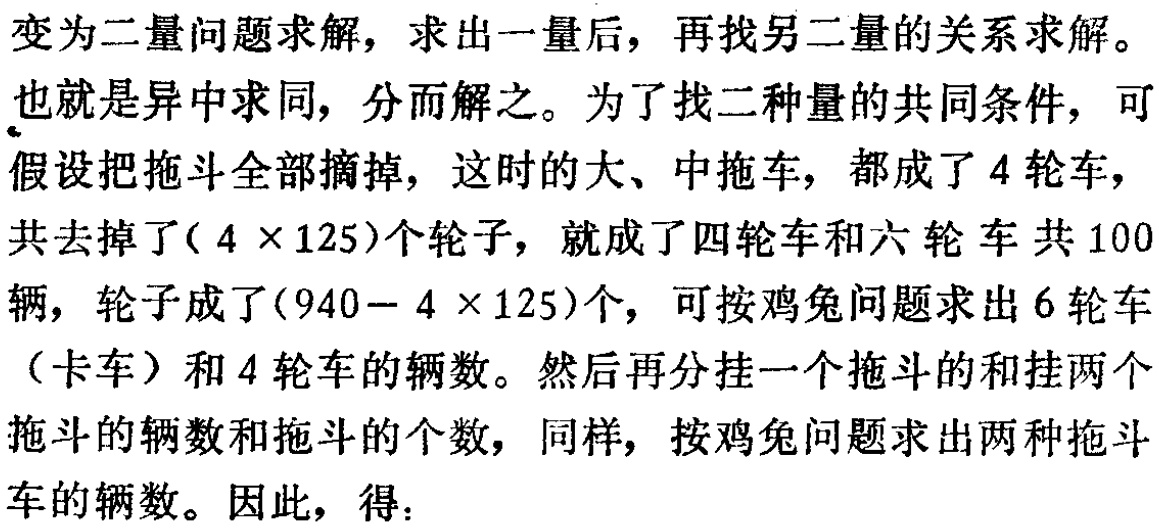
变为二量问题求解，求出一量后，再找另二量的关系求解。

也就是异中求同，分而解之。为了找二种量的共同条件，可

假设把拖斗全部摘掉，这时的大、中拖车，都成了 \(4\) 轮车，

共去掉了\((4\times125)\)个轮子，就成了四轮车和六轮车共 \(100\)

辆，轮子成了\((940 - 4\times125)\)个，可按鸡兔问题求出 \(6\) 轮车

（卡车）和 \(4\) 轮车的辆数。然后再分挂一个拖斗的和挂两个

拖斗的辆数和拖斗的个数，同样，按鸡兔问题求出两种拖斗

车的辆数。因此，得：